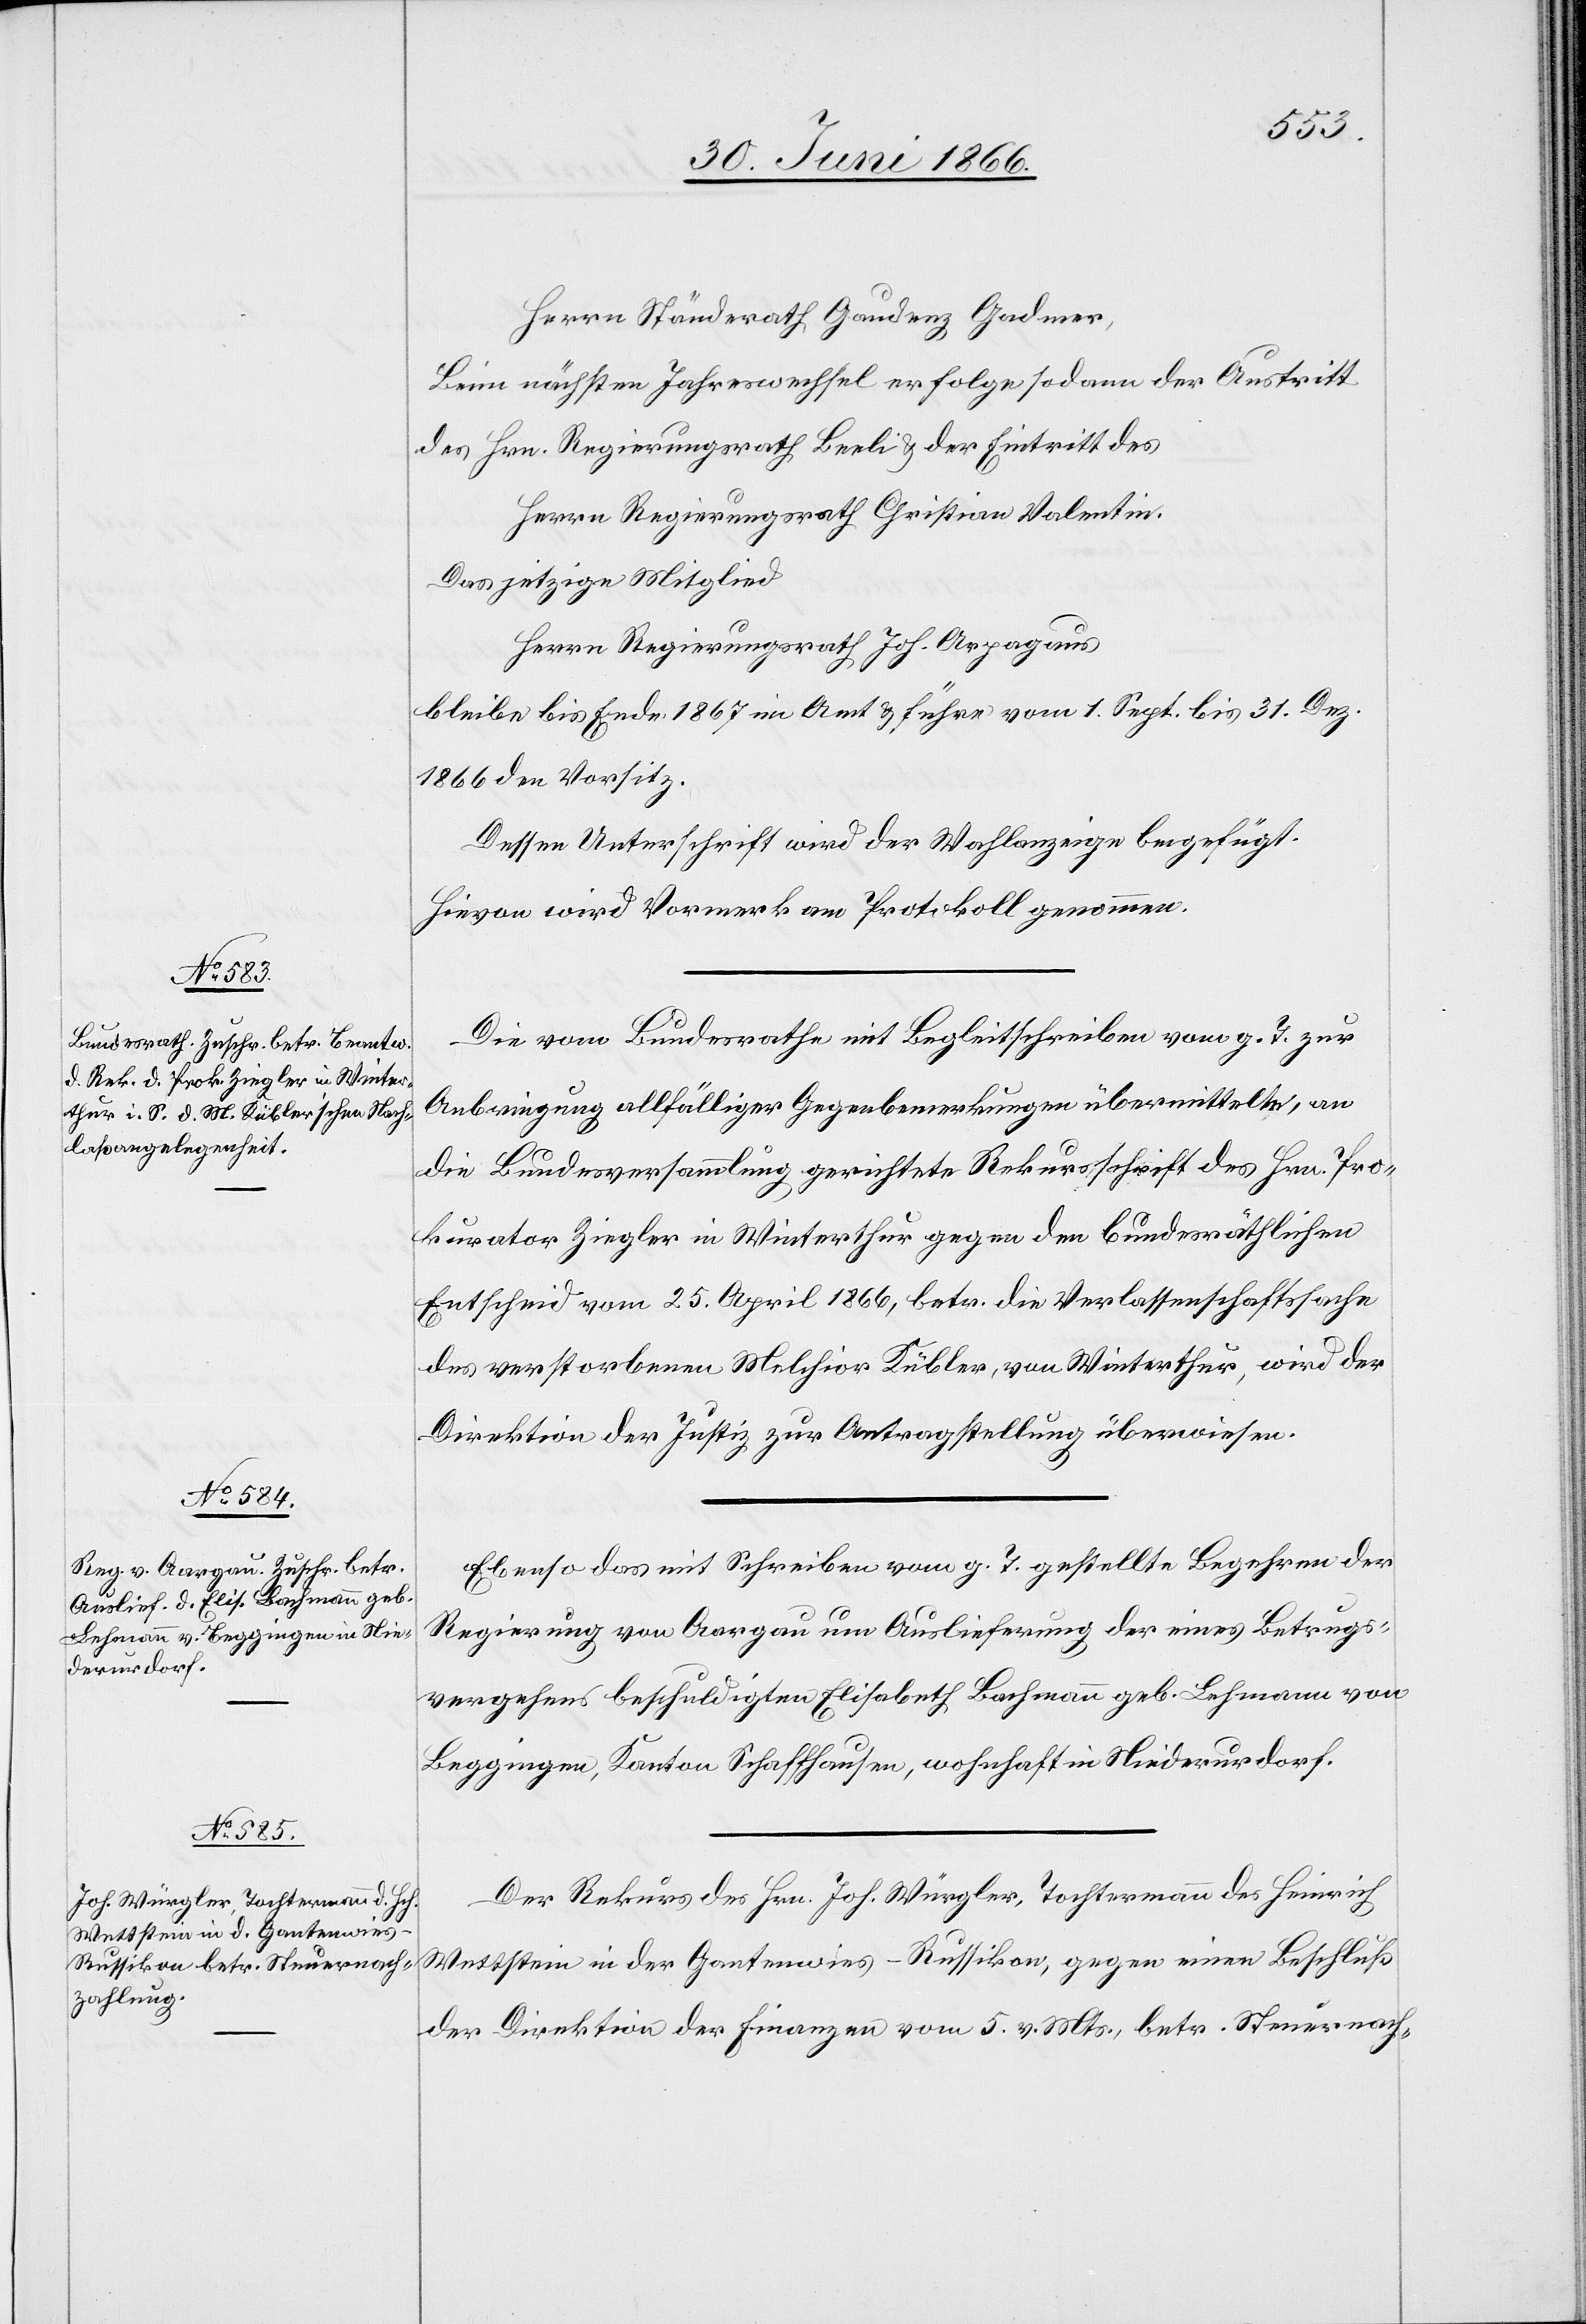
3. Juli 1866.]
Beim nächsten Jahreswechsel erfolge sodann der Austritt
des Hrn. Regierungsrath Beeli u. der Eintritt des
Herrn Regierungsrath Christian Valentin.
Das jetzige Mitglied
bleibe bis Ende 1867 im Amt u. führe vom 1. Sept. bis 31. Dez
1866 den Vorsitz.
Dessen Unterschrift wird der Wahlanzeige beigefügt.
Hievon wird Vormerk am Protokoll genommen.
Die vom Bundesrathe mit Begleitschreiben vom g. T. zur
Anbringung allfälliger Gegenbemerkungen übermittelte, an
die Bundesversammlung gerichtete Rekursschrift des Hrn. Pro¬
kurator Ziegler in Winterthur gegen den bundesräthlichen
Entscheid vom 25. April 1866, betr. die Verlassenschaftssache
des verstorbenen Melchior Kübler, von Winterthur, wird der
Direktion der Justiz zur Antragstellung überwiesen.
Ebenso das mit Schreiben vom g. T. gestellte Begehren der
Regierung von Aargau um Auslieferung der eines Betrugs¬
vergehens beschuldigten Elisabetha Bachmann geb. Lehmann von
Beggingen, Kanton Schaffhausen, wohnhaft in Niederurdorf.
Der Rekurs des Hrn. Joh. Würgler, Tochtermann des Heinrich
Wettstein in der Gantenwies-Russikon, gegen einen Beschluß
der Direktion der Finanzen vom 5. v. Mts., betr. Steuernach-